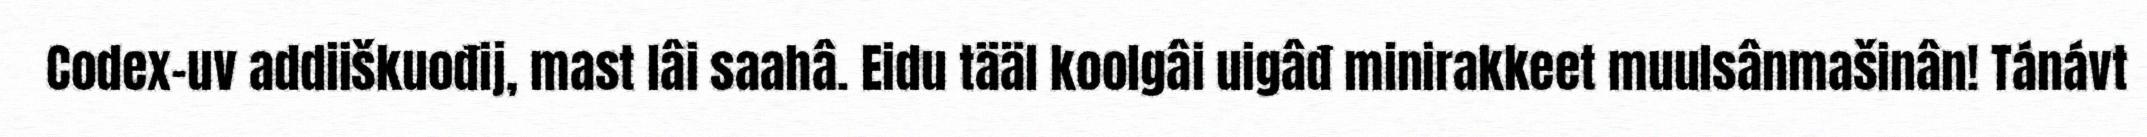
Codex-uv addiiškuođij, mast lâi saahâ. Eidu tääl koolgâi uigâđ minirakkeet muulsânmašinân! Tánávt